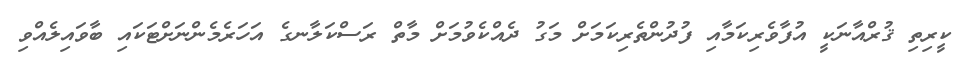
ކީރިތި ޤުރްއާނަކީ އުފާވެރިކަމާއި ފުދުންތެރިކަމަށް މަގު ދެއްކެވުމަށް މާތް ރަސްކަލާނގެ އަހަރެމެންނަށްޓަކައި ބާވައިލެއްވި